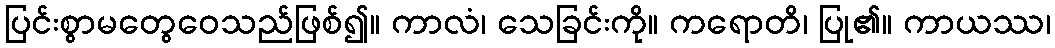
ပြင်းစွာမတွေဝေသည်ဖြစ်၍။ ကာလံ၊ သေခြင်းကို။ ကရောတိ၊ ပြု၏။ ကာယဿ၊